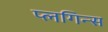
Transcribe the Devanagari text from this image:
प्लगिन्स